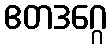
ဧတဒဂ္ဂေ